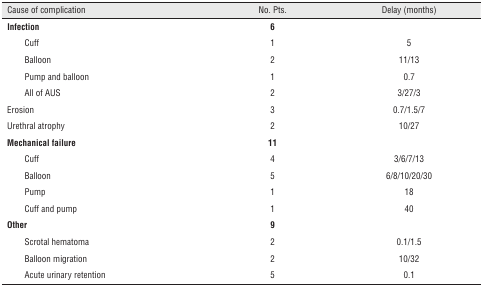
<table><thead><tr><td><b>Cause of complication</b></td><td><b>No. Pts.</b></td><td><b>Delay (months)</b></td></tr></thead><tbody><tr><td><b>Infection</b></td><td><b>6</b></td><td></td></tr><tr><td>Cuff</td><td>1</td><td>5</td></tr><tr><td> Balloon</td><td>2</td><td>11/13</td></tr><tr><td> Pump and balloon</td><td>1</td><td>0.7</td></tr><tr><td> All of AUS</td><td>2</td><td>3/27/3</td></tr><tr><td>Erosion</td><td>3</td><td>0.7/1.5/7</td></tr><tr><td>Urethral atrophy</td><td>2</td><td>10/27</td></tr><tr><td><b>Mechanical failure</b></td><td><b>11</b></td><td></td></tr><tr><td> Cuff</td><td>4</td><td>3/6/7/13</td></tr><tr><td> Balloon</td><td>5</td><td>6/8/10/20/30</td></tr><tr><td> Pump</td><td>1</td><td>18</td></tr><tr><td> Cuff and pump</td><td>1</td><td>40</td></tr><tr><td><b>Other</b></td><td><b>9</b></td><td></td></tr><tr><td> Scrotal hematoma</td><td>2</td><td>0.1/1.5</td></tr><tr><td> Balloon migration</td><td>2</td><td>10/32</td></tr><tr><td> Acute urinary retention</td><td>5</td><td>0.1</td></tr></tbody></table>